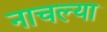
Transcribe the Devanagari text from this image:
नाचल्या